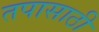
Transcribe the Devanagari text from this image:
तपासाठी